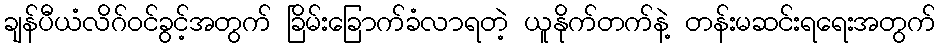
ချန်ပီယံလိဂ်ဝင်ခွင့်အတွက် ခြိမ်းခြောက်ခံလာရတဲ့ ယူနိုက်တက်နဲ့ တန်းမဆင်းရရေးအတွက်